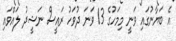
އެ ބަޔާނުގައި ވަނީ މިމަހުގެ 13 ވަނަ ދުވަހު ރައީސް ނަޝީދު ލައްވައި